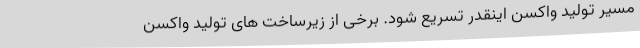
مسیر تولید واکسن اینقدر تسریع شود. برخی از زیرساخت های تولید واکسن